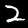
Digit: 2